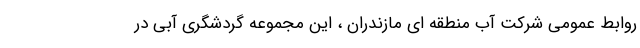
روابط عمومی شرکت آب منطقه ای مازندران ، این مجموعه گردشگری آبی در